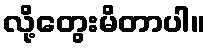
လို့တွေးမိတာပါ။